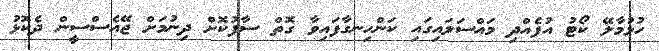
ހުޅުމާލޭ ކޯޓު އުފެއްދި މައްސަލައިގައި ކަންހިނގާފައިވާ ގޮތް ސާފުކޮށް ދިނުމަށް ޖޭއެސްސީން ދެކޮޅު